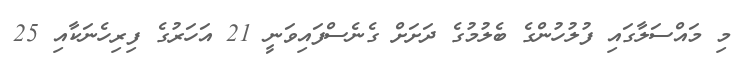
މި މައްސަލާގައި ފުލުހުންގެ ބެލުމުގެ ދަށަށް ގެނެސްފައިވަނީ 21 އަހަރުގެ ފިރިހެނަކާއި 25